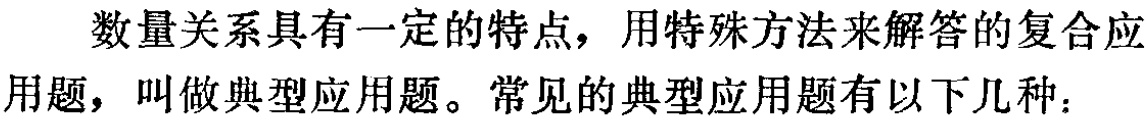
数量关系具有一定的特点，用特殊方法来解答的复合应用题，叫做典型应用题。常见的典型应用题有以下几种：